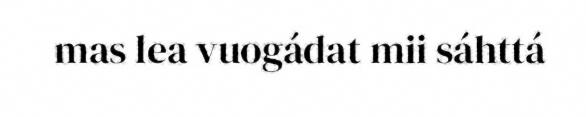
mas lea vuogádat mii sáhttá